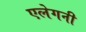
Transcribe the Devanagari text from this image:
एलेगनी